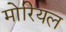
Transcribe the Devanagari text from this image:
मोरियल